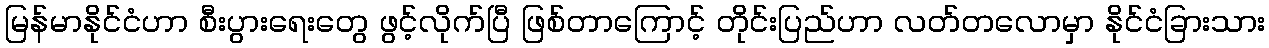
မြန်မာနိုင်ငံဟာ စီးပွားရေးတွေ ဖွင့်လိုက်ပြီ ဖြစ်တာကြောင့် တိုင်းပြည်ဟာ လတ်တလောမှာ နိုင်ငံခြားသား